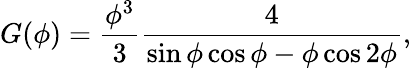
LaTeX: G(\phi)=\frac{\phi^{3}}{3}\frac{4}{\sin\phi\cos\phi-\phi\cos 2\phi},